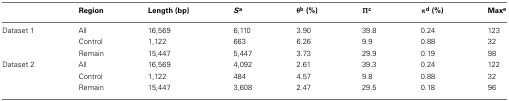
<table><thead><tr><td></td><td><b>Region</b></td><td><b>Length (bp)</b></td><td><b><i>S</i>a</b></td><td><b>θb (%)</b></td><td><b>Πc</b></td><td><b>πd (%)</b></td><td><b>Maxe</b></td></tr></thead><tbody><tr><td>Dataset 1</td><td>All</td><td>16,569</td><td>6,110</td><td>3.90</td><td>39.8</td><td>0.24</td><td>123</td></tr><tr><td></td><td>Control</td><td>1,122</td><td>663</td><td>6.26</td><td>9.9</td><td>0.88</td><td>32</td></tr><tr><td></td><td>Remain</td><td>15,447</td><td>5,447</td><td>3.73</td><td>29.9</td><td>0.19</td><td>98</td></tr><tr><td>Dataset 2</td><td>All</td><td>16,569</td><td>4,092</td><td>2.61</td><td>39.3</td><td>0.24</td><td>122</td></tr><tr><td></td><td>Control</td><td>1,122</td><td>484</td><td>4.57</td><td>9.8</td><td>0.88</td><td>32</td></tr><tr><td></td><td>Remain</td><td>15,447</td><td>3,608</td><td>2.47</td><td>29.5</td><td>0.18</td><td>96</td></tr></tbody></table>